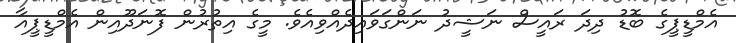
އެމްޑީޕީގެ ބޮޑު ދިދަ ރައީސް ނަޝީދު ނަންގަވައިދެއްވިއެވެ. މީގެ އިތުރުން ފޮނަދޫއިން އެމްޑީޕީއާ